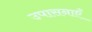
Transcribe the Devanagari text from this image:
उपासनाएँ